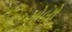
ગોબો